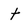
Character: t